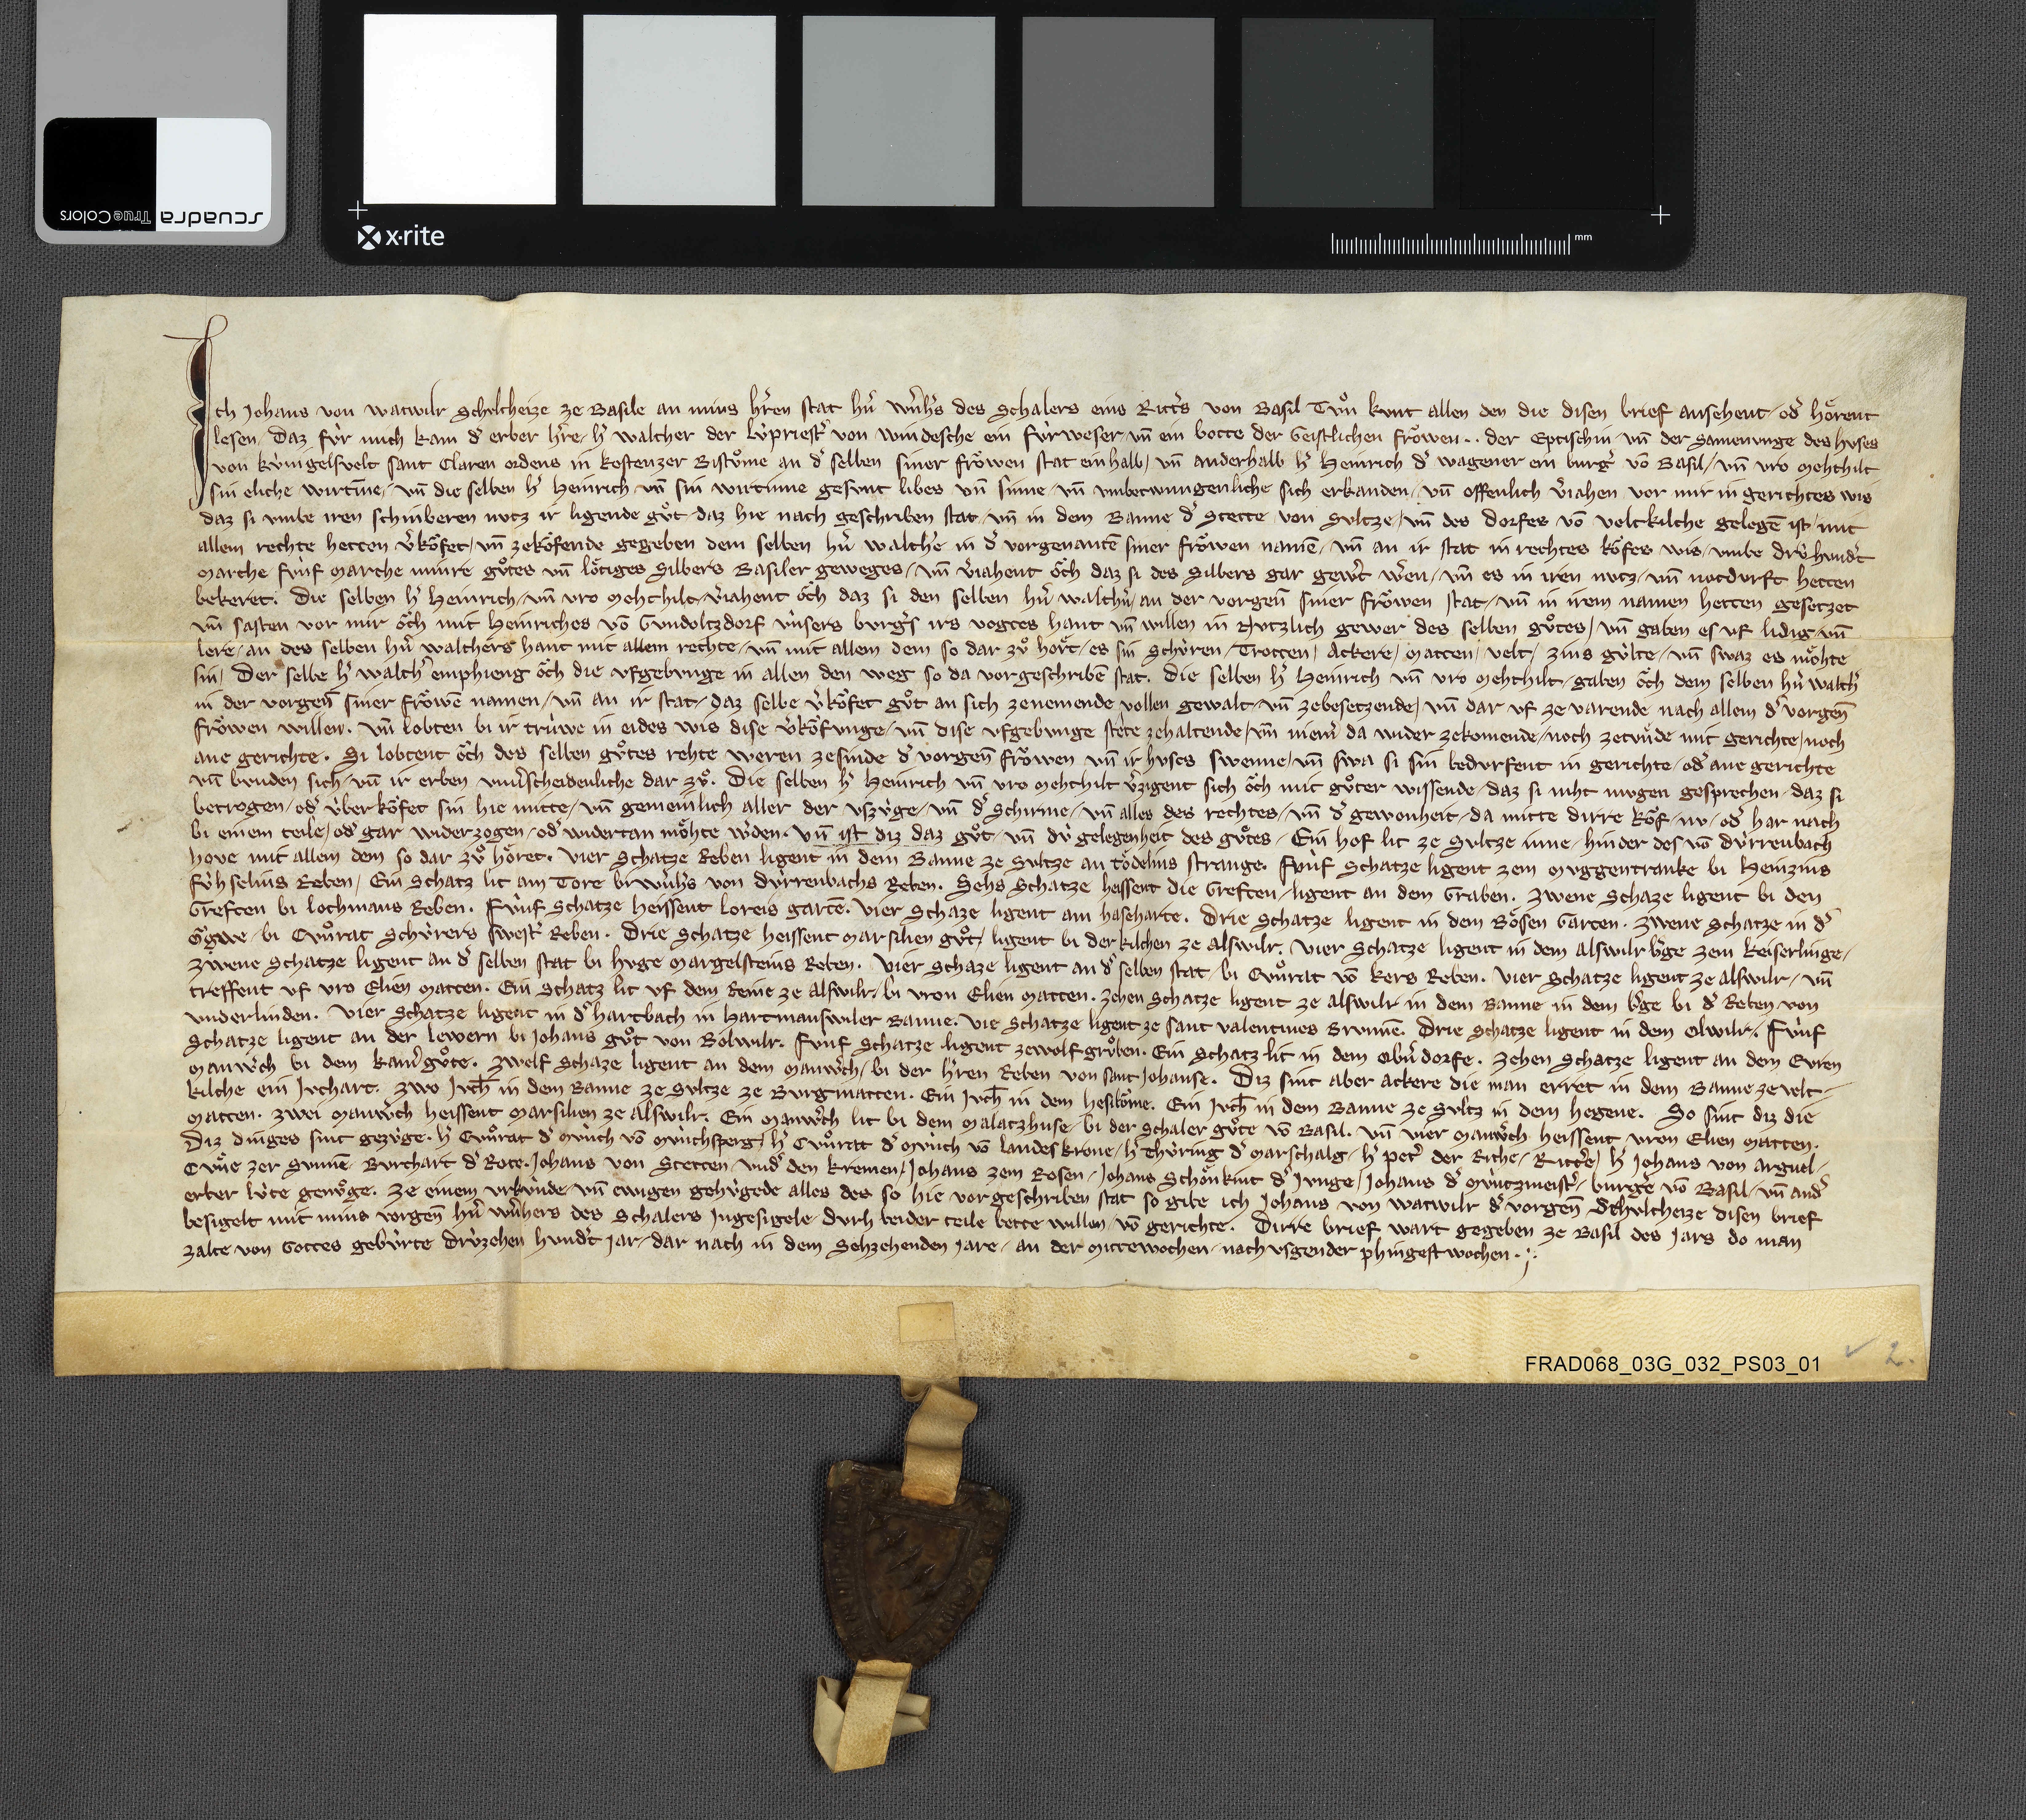
Ich Johans von Watwilr schultheize ze Basile an mins hˀren stat hˀn Wˀnhˀs des Schalers eins rittˀs von Basil tuͦn kunt allen den die disen brief ansehent ✳ odˀ hoͤrent
lesen ✳ daz fùr mich kam dˀ erber hˀre ✳ hˀ Walther der lùpriestˀ von Windesche ein fùrweser ✳ un̄ ein botte der geistlichen froͧwen ✳ ✳ der eptischin ✳ un̄ der samenunge des huses
von Kùnigelsvelt Sant Claren ordens in Kostenzer bistuͦme an dˀ selben siner froͧwen stat ein halb ✳ un̄ anderhalb hˀ Heinrich dˀ Wagener ein burgˀ vō Basil ✳ un̄ vro Mehthilt
sin eliche wirtīne ✳ un̄ die selben hˀ Heinrich un̄ sin wirtinne gesunt libes un̄ sinne ✳ un̄ umbetwungenliche sich erkanden ✳ un̄ offenlich vˀjahen vor mir in gerichtes wis
daz si umbe iren schinberen nutz ir ligende guͦt ✳ daz hie nach geschriben stat ✳ un̄ in dem banne dˀ stette von Sultze ✳ un̄ des dorfes vō Veltkilche gelegē ist ✳ mit
allem rechte hetten vˀkoͧfet ✳ un̄ zekoͧfende gegeben dem selben hˀn Walthˀe in dˀ vorgenantē siner froͧwen namē ✳ un̄ an ir stat in rechtes koͧfes wis ✳ umbe drùhundˀt
marche ✳ fùnf marche minre guͦtes un̄ loͤtiges silbers Basiler geweges ✳ un̄ vˀjahent oͧch daz si des silbers gar gewˀt wˀen ✳ un̄ es in iren nutz ✳ un̄ notdurft hetten
bekeret. ✳ die selben hˀ Heinrich ✳ un̄ vro Mehthilt ✳ vˀjahent oͧch daz si den selben hˀn Walthˀn ✳ an der vorgen̄ siner froͧwen stat ✳ un̄ in irem namen hetten gesetzet
un̄ sasten vor mir oͧch mit Heinriches vō Gundoltzdorf ùnsers burgˀs irs vogtes hant un̄ willen in nutzlich gewer des selben guͦtes ✳ un̄ gaben es uf lidig ✳ un̄
lere ✳ an des selben hˀn Walthers hant mit allem rechte ✳ un̄ mit allem dem so dar zuͦ hoͤrt ✳ es sin schùren ✳ trotten ✳ ackere ✳ matten ✳ velt ✳ zins gùlte ✳ un̄ swaz es moͤhte
sin. ✳ der selbe hˀ Walthˀ emphieng oͧch die ufgebunge in allen den weg so da vorgeschribē stat. ✳ die selben hˀ Heinrich un̄ vro Mehthilt ✳ gaben oͧch dem selben hˀn Walthˀ
in der vorgen̄ siner froͧwē namen ✳ un̄ an ir stat ✳ daz selbe vˀkoͧfet guͦt an sich zenemende vollen gewalt ✳ un̄ zebesetzende ✳ un̄ dar uf ze varende nach allem dˀ vorgen̄
froͧwen willen ✳ un̄ lobten bi ir trùwe in eides wis dise vˀkoͧfunge ✳ un̄ dise ufgebunge stête zehaltende ✳ un̄ niemˀ da wider zekomende ✳ noch zetuͤnde mit gerichte ✳ noch
ane gerichte. ✳ si lobtent oͧch des selben guͦtes rehte weren zesinde dˀ vorgen̄ froͧwen un̄ ir huses swenne ✳ un̄ swa si sin bedurfent in gerichte ✳ odˀ ane gerichte
un̄ bunden sich ✳ un̄ ir erben unvˀscheidenliche dar zuͦ. ✳ die selben hˀ Heinrich un̄ vro Mehthilt vˀzigent sich oͧch mit guͦter wissende ✳ daz si niht mugen gesprechen ✳ daz si
betrogen ✳ odˀ ùberkoͧfet sin hie mitte ✳ un̄ gemeinlich aller der uszùge ✳ un̄ dˀ schirme ✳ un̄ alles des rechtes ✳ un̄ dˀ gewonheit ✳ da mitte dirre koͧf ✳ nu ✳ odˀ har nach
bi einem teile ✳ odˀ gar widerzogen ✳ odˀ widertan moͤhte wˀden. ✳ un̄ ist diz daz guͦt ✳ un̄ dù gelgenheit des guͤtes: ✳ ein hof lit ze Sultze inne ✳ hinder des vō Dùrrenbach
hove mit allem dem so dar zuͦ hoͤret. ✳ vier schatze reben ligent in dem banne ze Sultze an Toͤdlins strange. ✳ fùnf schatze ligent zem Muggentranke bi Heinzins
Fùhselins reben. ✳ ein schatz lit am tore bi Wˀnhˀs von Dùrrenbachs reben. ✳ sehs schatze heissent die Greften ✳ ligent an dem graben. ✳ zwene schaze ligent bi den
Greften bi Lochmans reben. ✳ fùnf schatze heissent Loreis Gartē. ✳ vier schaze ligent am Haseharte. ✳ drie schatze ligent in dem Boͤsen Garten. ✳ zwene schatze in dˀ
Oͧgwe ✳ bi Cuͦnrat Schùrers swestˀ reben. ✳ drie schatze heissent Marsilien guͦt ✳ ligent bi der kilchen ze Alswilr. ✳ vier schatze ligent in dem Alswilr bˀge zem Keiserlinge. ✳
zwene schatze ligent an dˀ selben stat bi Huge Margelsteins reben. ✳ vier schaze ligent an dˀ selben stat ✳ bi Cuͦnrat vō Kers reben. ✳ vier schatze ligent ze Alswilr ✳ un̄
treffent uf vro Elien Matten. ✳ ein schatz lit uf dem Reine ze Alswilr ✳ bi vron Elien Matten. ✳ zehen schatze ligent ze Alswilr in dem banne in dem bˀge bi dˀ reben von
Underlinden. ✳ vier schatze ligent in dˀ Hartbach in Hartmanswiler banne. ✳ vie schatze ligent ze sant Valentines Brunnē. ✳ drie schatze ligent in dem Olwilr. ✳ fùnf
schatze ligent an der Lewern bi Johans guͦt von Bolwilr. ✳ fùnf schatze ligent ze Wolfgruͦben. ✳ ein schatz lit in dem Obˀn Dorfe. ✳ zehen schatze ligent an dem Evren 
manwˀch bi dem Kamˀguͦte. ✳ zwelf schaze ligent an dem manwˀch ✳ bi der hˀren reben von sant Johanse. ✳ diz sint aber ackere die man erret in dem banne ze Velt¬
kilche ein juchart. ✳ zwo juch̄ in dem banne ze Sultze ze Burgmatten. ✳ ein juch̄ in dem Hesiboͧme. ✳ ein juch̄ in dem banne ze Sultz in dem Hegene. ✳ so sint diz die
matten. ✳ zwei manwˀch heissent Marsilien ze Alswilr. ✳ ein manwˀch lit bi dem Malatzhuse ✳ bi der Schaler guͦte vō Basil. ✳ un̄ vier manwˀch heissent vron Elien Matten.
diz dinges sint gezùge: ✳ hˀ Cuͦnrat dˀ Mùnch vō Mùnchsperg ✳ hˀ Cuͦnrat dˀ Mùnch vō Landeskrone ✳ hˀ Thùring dˀ Marschalg ✳ hˀ Petˀ der Riche ✳ rittˀe ✳ hˀ Johans von Arguel ✳
Cuͤne zer Sunnē ✳ Burchart dˀ Rote ✳ Johans von Stetten undˀ den kremen ✳ Johans zem Rosen ✳ Johans Schoͤnkint dˀ Junge ✳ Johans dˀ Mùntzmeistˀ ✳ burgˀe vō Basil ✳ un̄ andˀ
erber lùte genuͦge. ✳ ze einem ukùnde ✳ un̄ ewigen gehùgede alles des so hie vorgeschriben stat so gibe ich Johans von Watwilr dˀ vorgen̄ schultheize disen brief
besigelt mit mins vorgen̄ hˀn Wˀnhers des Schalers ingesigele ✳ durh beider teile bette willen ✳ vō gerichte. ✳ dirre brief wart gegeben ze Basil des jars do man 
zalte von gottes gebùrte drùzehen hundˀt jar ✳ dar nach in dem sehzehenden jare ✳ an der mittewochen ✳ nach usgender phingest wochen. ✳